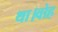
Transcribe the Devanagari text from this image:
था।वोह